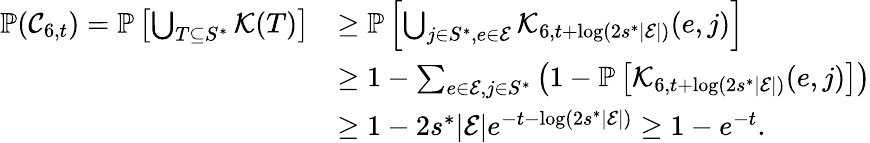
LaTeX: \begin{array}{rl}{\mathbb{P}(\mathcal{C}_{6,t})=\mathbb{P}\left[\bigcup_{T\subseteq S^{*}}\mathcal{K}(T)\right]}&{\ge\mathbb{P}\left[\bigcup_{j\in S^{*},e\in\mathcal{E}}\mathcal{K}_{6,t+\log(2s^{*}|\mathcal{E}|)}(e,j)\right]}\\ &{\ge 1-\sum_{e\in\mathcal{E},j\in S^{*}}\left(1-\mathbb{P}\left[\mathcal{K}_{6,t+\log(2s^{*}|\mathcal{E}|)}(e,j)\right]\right)}\\ &{\ge 1-2s^{*}|\mathcal{E}|e^{-t-\log(2s^{*}|\mathcal{E}|)}\ge 1-e^{-t}.}\end{array}